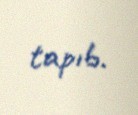
tapıb.